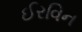
ઈરવિન